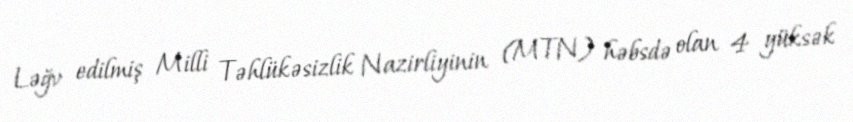
Ləğv edilmiş Milli Təhlükəsizlik Nazirliyinin (MTN) həbsdə olan 4 yüksək